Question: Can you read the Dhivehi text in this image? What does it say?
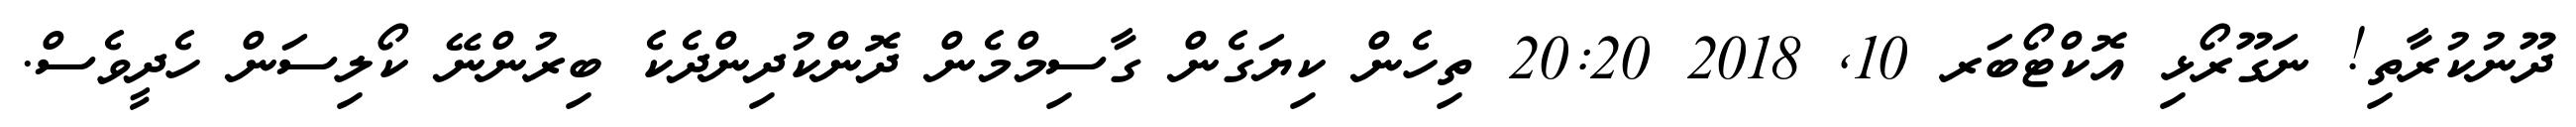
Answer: ދޫނުކުރާތި! ނަގޫރޯޅި އޮކްޓޯބަރ 10, 2018 20:20 ތިހެން ކިޔަގެން ގާސިމްމެން ދޮންކުދިންދެކެ ބިރުންނޭ ކޯލިސަން ހެދީވެސް.